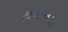
યપાનયા